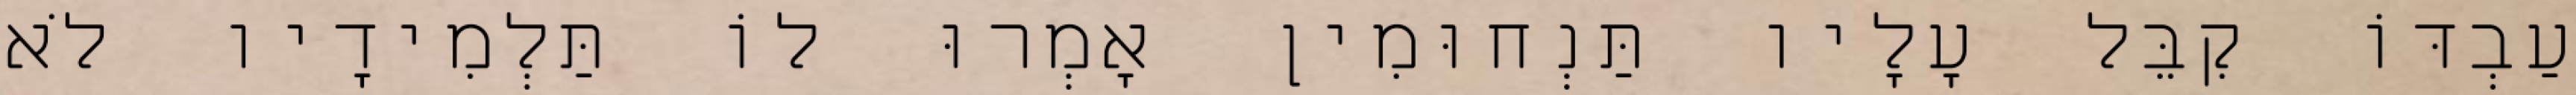
עַבְדּוֹ קִבֵּל עָלָיו תַּנְחוּמִין אָמְרוּ לוֹ תַּלְמִידָיו לֹא